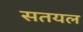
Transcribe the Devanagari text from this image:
सतयल